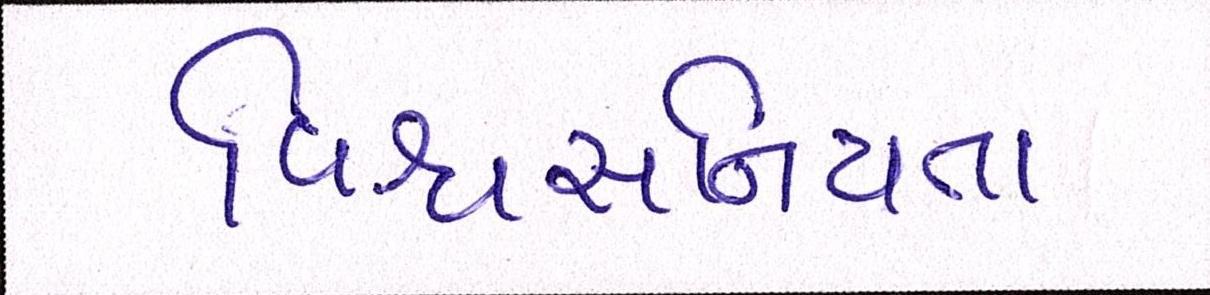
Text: વિશ્વસનિયતા